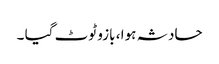
حادثہ ہوا ، بازو ٹوٹ گیا ۔